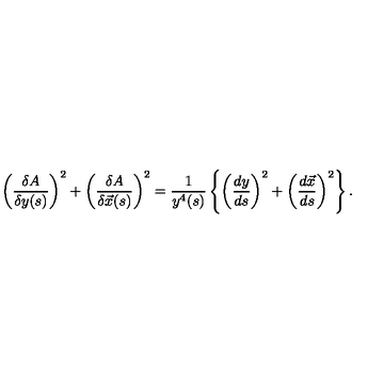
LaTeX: \left( \frac { \delta A } { \delta y ( s ) } \right) ^ { 2 } + \left( \frac { \delta A } { \delta \vec { x } ( s ) } \right) ^ { 2 } = \frac { 1 } { y ^ { 4 } ( s ) } \left\{ \left( \frac { d y } { d s } \right) ^ { 2 } + \left( \frac { d \vec { x } } { d s } \right) ^ { 2 } \right\} .